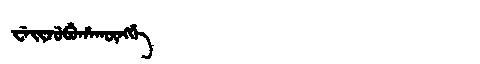
Manchu: ᠸᡝᡳᠵᡠᠪᡠᡥᠠᡴᡡᠩᡤᡝ
Romanization: WEIJUBUHAKŪNGGE